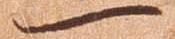
一